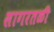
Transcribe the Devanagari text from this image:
सागरतळी